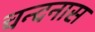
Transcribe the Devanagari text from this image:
चन्दनास